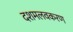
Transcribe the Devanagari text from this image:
दशमलवकरण